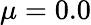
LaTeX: \mu=0.0